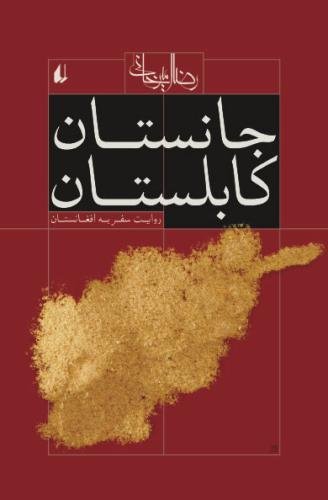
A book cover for A Journey To Afghanistan (Janestan-e-Kabolestan) (Persian Edition); Reza Amirkhani; Travel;